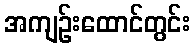
အကျဉ်းထောင်တွင်း